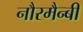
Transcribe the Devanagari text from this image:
नौरमैन्बी